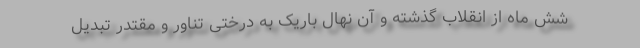
شش ماه از انقلاب گذشته و آن نهال باریک به درختی تناور و مقتدر تبدیل